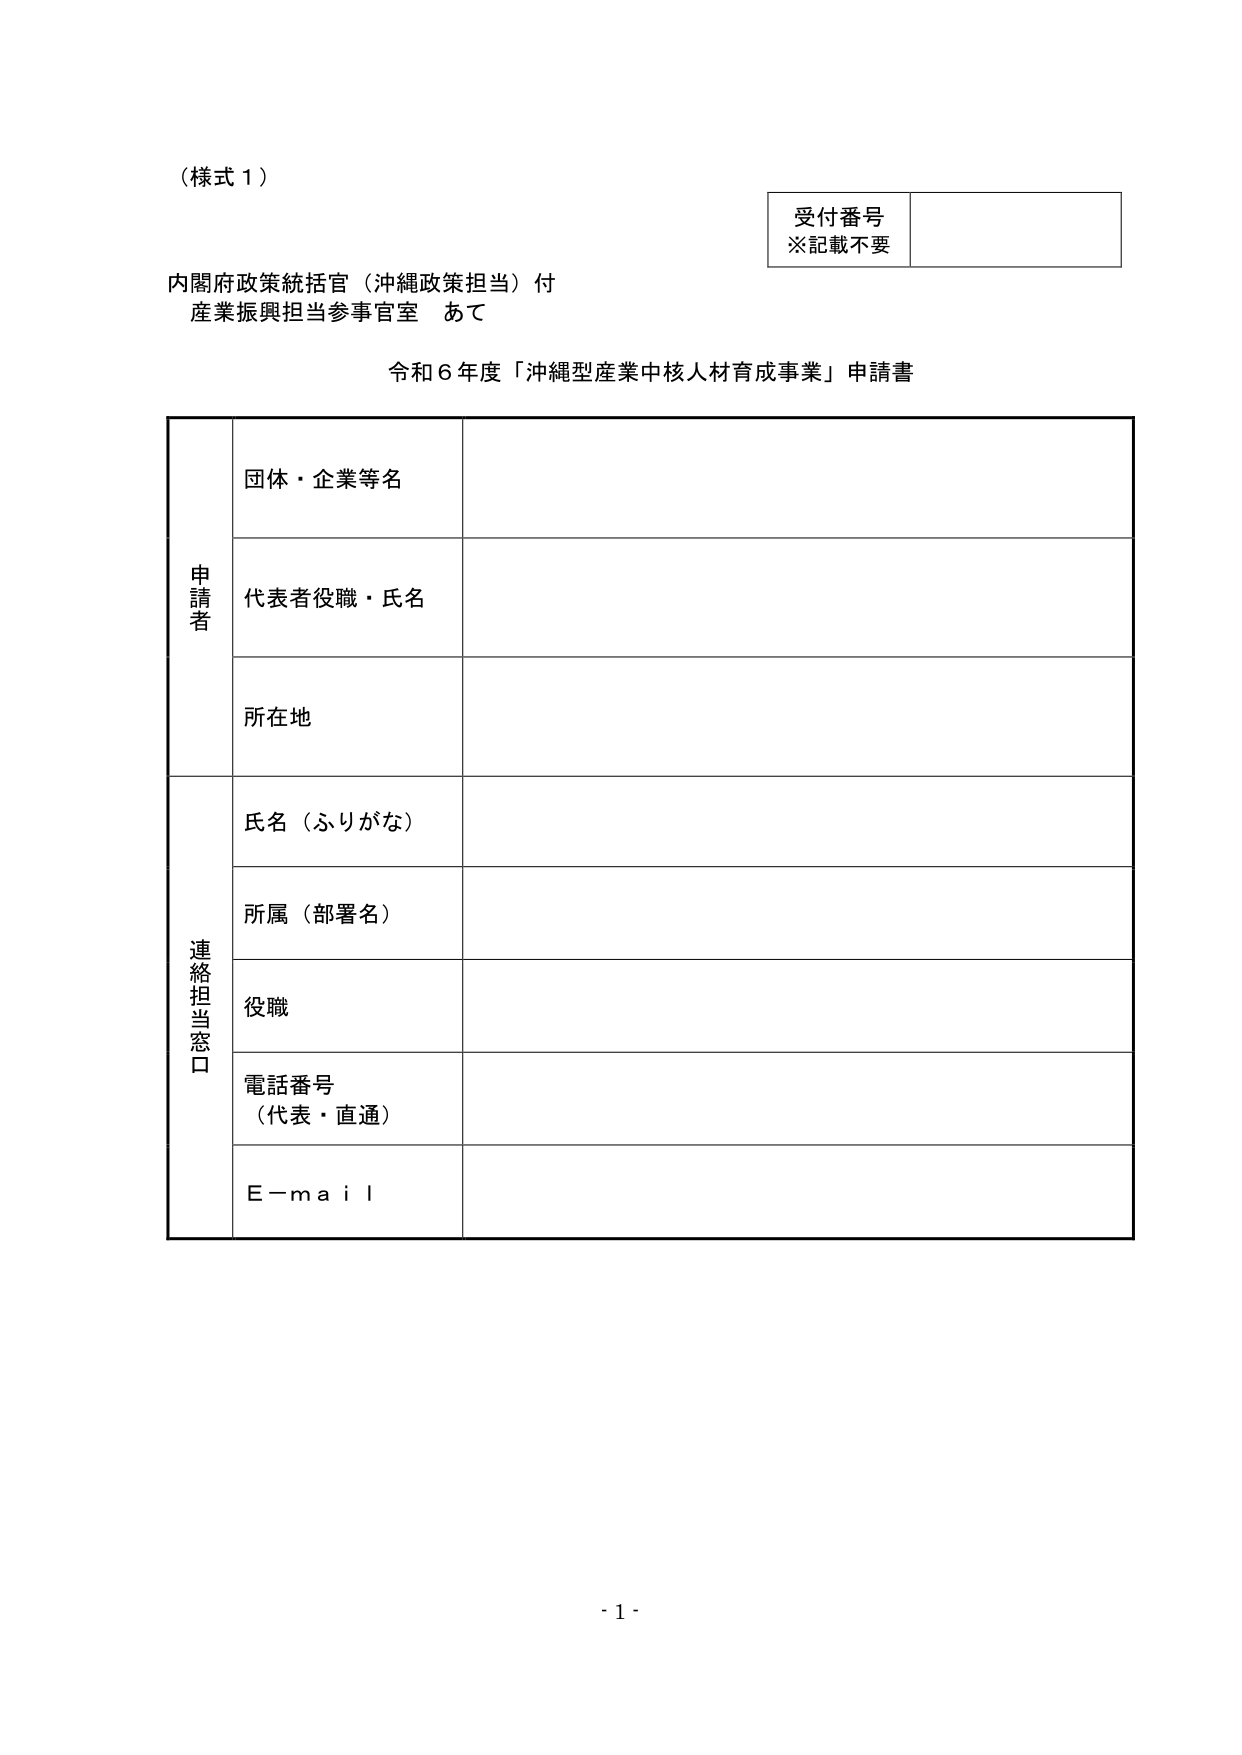
（様式１）

受付番号
※記載不要

内閣府政策統括官（沖縄政策担当）付
産業振興担当参事官室 あて

令和６年度「沖縄型産業中核人材育成事業」申請書

申請者
団体・企業等名
代表者役職・氏名
所在地

連絡担当窓口
氏名（ふりがな）
所属（部署名）
役職
電話番号
（代表・直通）
E－ｍａｉｌ

- 1 -